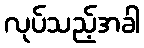
လုပ်သည့်အခါ